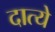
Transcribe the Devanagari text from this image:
दात्ये